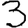
Digit: 3